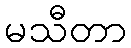
မသီတာ